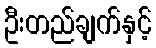
ဦးတည်ချက်နှင့်